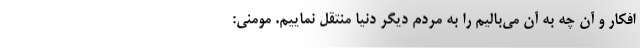
افکار و آن چه به آن می‌بالیم را به مردم دیگر دنیا منتقل نماییم. مومنی: